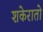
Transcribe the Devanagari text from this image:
शकेरातो